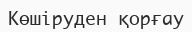
Көшіруден қорғау